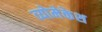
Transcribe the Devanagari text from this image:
व्योमेकेश